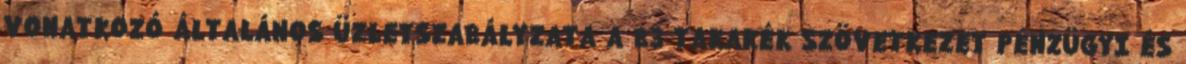
VONATKOZÓ ÁLTALÁNOS ÜZLETSZABÁLYZATA A B3 TAKARÉK SZÖVETKEZET PÉNZÜGYI ÉS